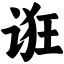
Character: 诳